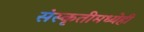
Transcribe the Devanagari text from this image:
संस्कृतीमध्येही